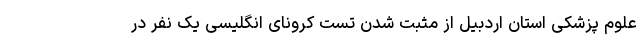
علوم پزشکی استان اردبیل از مثبت شدن تست کرونای انگلیسی یک نفر در